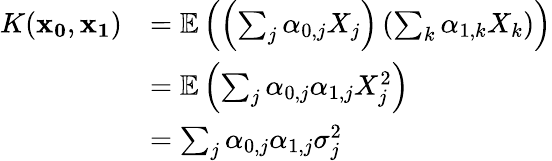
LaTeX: \begin{array}{rl}{K(\mathbf{x_{0}},\mathbf{x_{1}})}&{=\mathbb{E}\left(\left(\sum_{j}\alpha_{0,j}X_{j}\right)\left(\sum_{k}\alpha_{1,k}X_{k}\right)\right)}\\ &{=\mathbb{E}\left(\sum_{j}\alpha_{0,j}\alpha_{1,j}X_{j}^{2}\right)}\\ &{=\sum_{j}\alpha_{0,j}\alpha_{1,j}\sigma_{j}^{2}}\end{array}